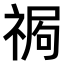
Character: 𥚍